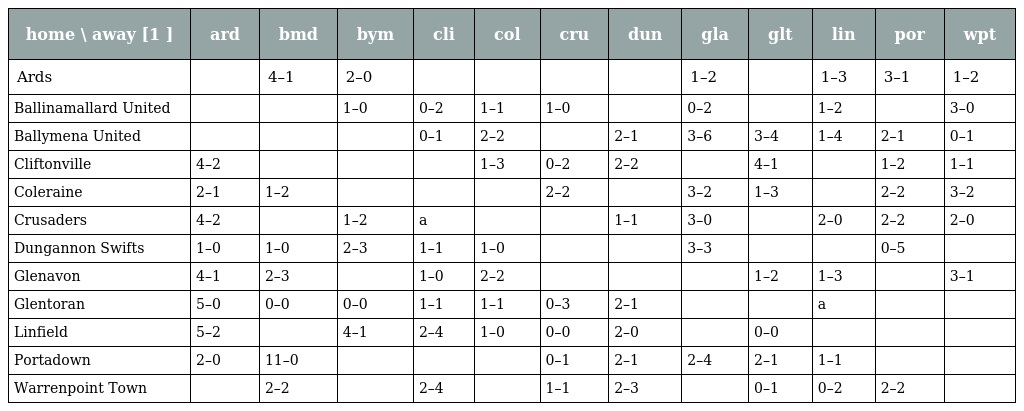
| home \ away [1 ] | ard | bmd | bym | cli | col | cru | dun | gla | glt | lin | por | wpt |
 | --- | --- | --- | --- | --- | --- | --- | --- | --- | --- | --- | --- | --- |
 | Ards |  | 4–1 | 2–0 |  |  |  |  | 1–2 |  | 1–3 | 3–1 | 1–2 |
 | Ballinamallard United |  |  | 1–0 | 0–2 | 1–1 | 1–0 |  | 0–2 |  | 1–2 |  | 3–0 |
 | Ballymena United |  |  |  | 0–1 | 2–2 |  | 2–1 | 3–6 | 3–4 | 1–4 | 2–1 | 0–1 |
 | Cliftonville | 4–2 |  |  |  | 1–3 | 0–2 | 2–2 |  | 4–1 |  | 1–2 | 1–1 |
 | Coleraine | 2–1 | 1–2 |  |  |  | 2–2 |  | 3–2 | 1–3 |  | 2–2 | 3–2 |
 | Crusaders | 4–2 |  | 1–2 | a |  |  | 1–1 | 3–0 |  | 2–0 | 2–2 | 2–0 |
 | Dungannon Swifts | 1–0 | 1–0 | 2–3 | 1–1 | 1–0 |  |  | 3–3 |  |  | 0–5 |  |
 | Glenavon | 4–1 | 2–3 |  | 1–0 | 2–2 |  |  |  | 1–2 | 1–3 |  | 3–1 |
 | Glentoran | 5–0 | 0–0 | 0–0 | 1–1 | 1–1 | 0–3 | 2–1 |  |  | a |  |  |
 | Linfield | 5–2 |  | 4–1 | 2–4 | 1–0 | 0–0 | 2–0 |  | 0–0 |  |  |  |
 | Portadown | 2–0 | 11–0 |  |  |  | 0–1 | 2–1 | 2–4 | 2–1 | 1–1 |  |  |
 | Warrenpoint Town |  | 2–2 |  | 2–4 |  | 1–1 | 2–3 |  | 0–1 | 0–2 | 2–2 |  |